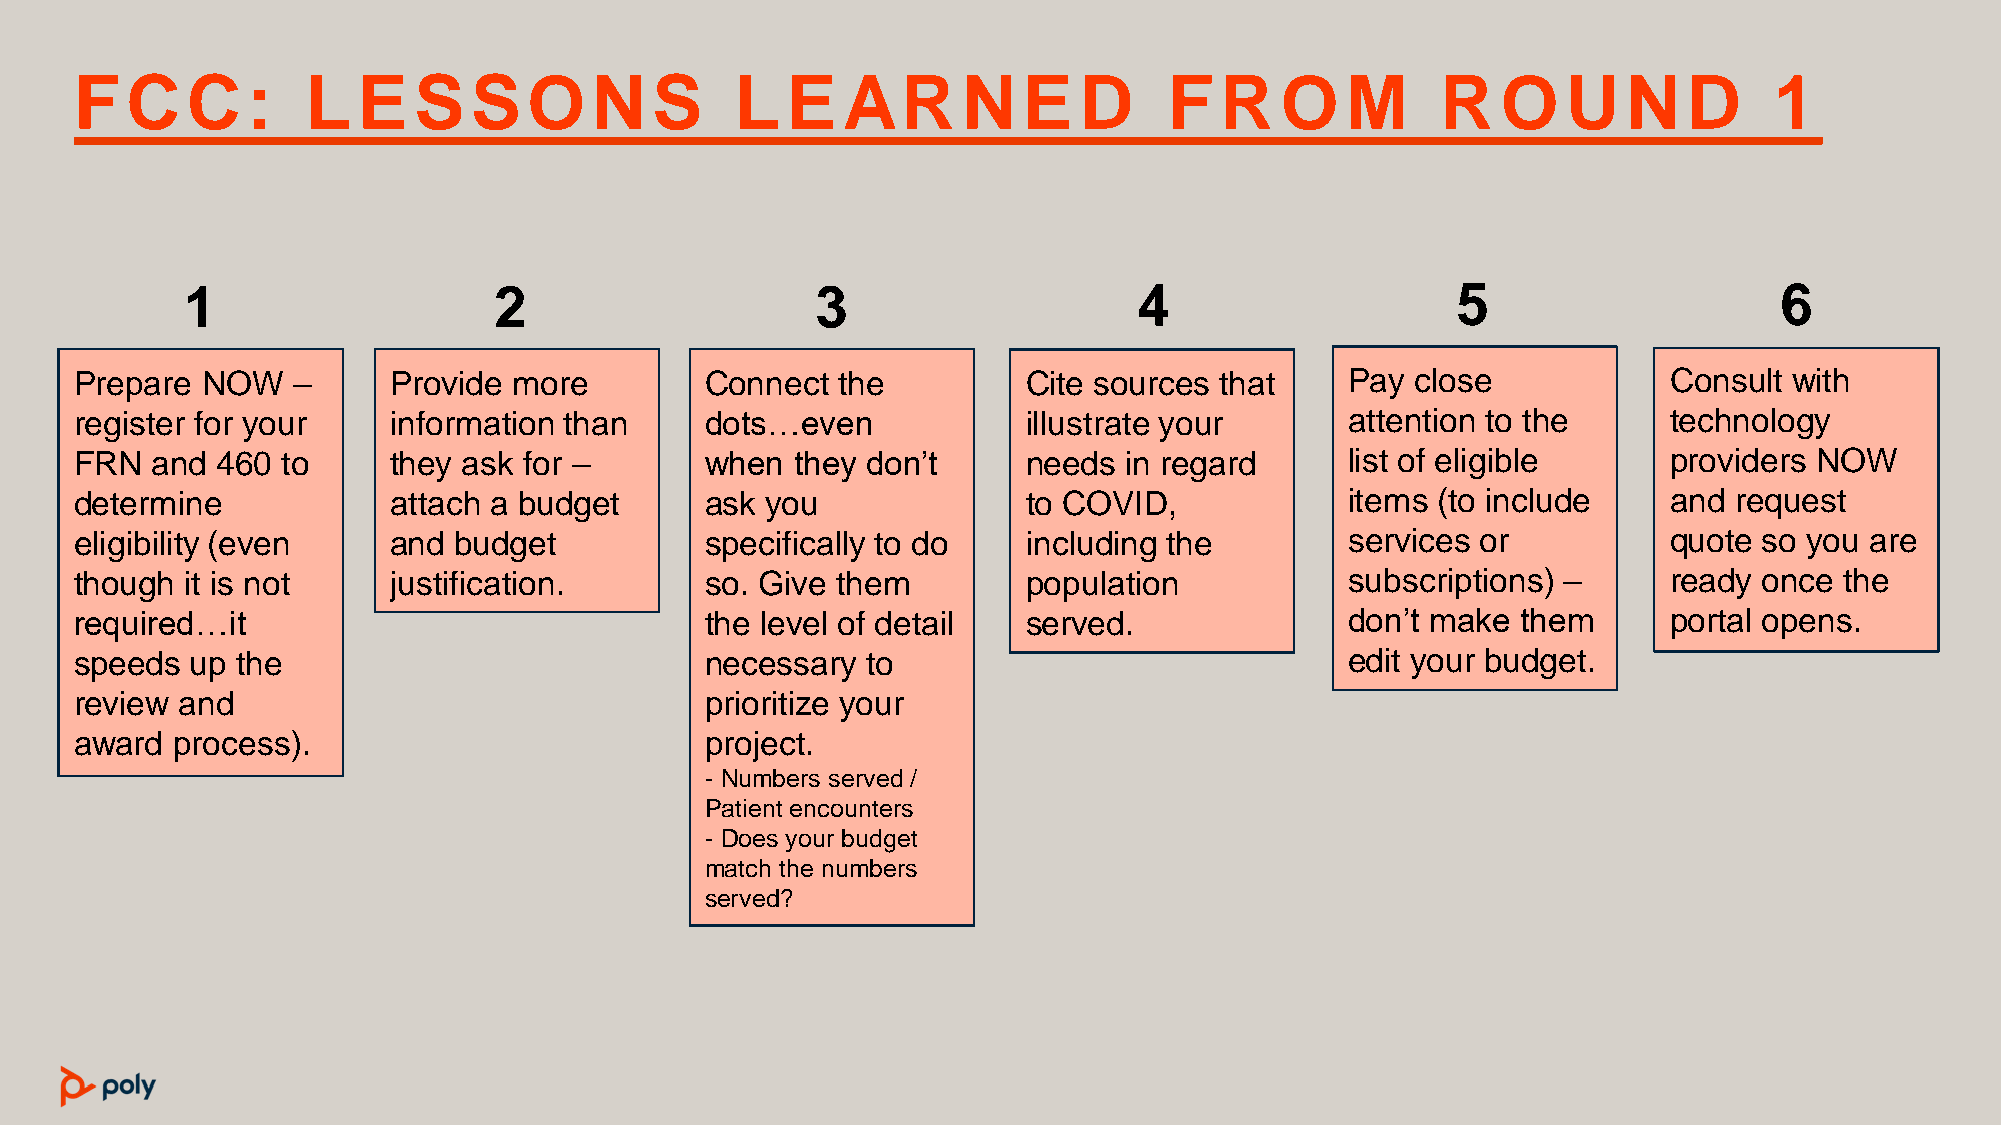
F  C   C   :   L   E  S   S   ON      S     L  E   AR      N   E  D     F   R   O   M     R   O    U   N   D    1
 1                    2                    3                    4                    5                     6
 Prepare NOW   –      Provide more         Connect the          Cite sources that    Pay  close           Consult  with
 register for your    information than     dots…even            illustrate your      attention to the     technology
 FRN  and 460  to     they ask for –       when  they don’t     needs in regard      list of eligible     providers NOW
 determine            attach a budget      ask you              to COVID,            items (to include    and  request
 eligibility (even    and budget           specifically to do   including the        services or          quote  so you are
 though it is not     justification.       so. Give them        population           subscriptions) –     ready  once the
 required…it                               the level of detail  served.              don’t make  them     portal opens.
 speeds  up the                            necessary to                              edit your budget.
 review and                                prioritize your
 award process).                           project.
 - Numbers served /
 Patient encounters
 - Does your budget
 match the numbers
 served?